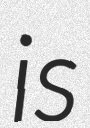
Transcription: is